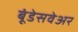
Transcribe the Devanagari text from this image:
बूंडेसवेअर